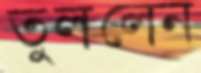
তুললেন